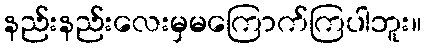
နည်းနည်းလေးမှမကြောက်ကြပါဘူး။